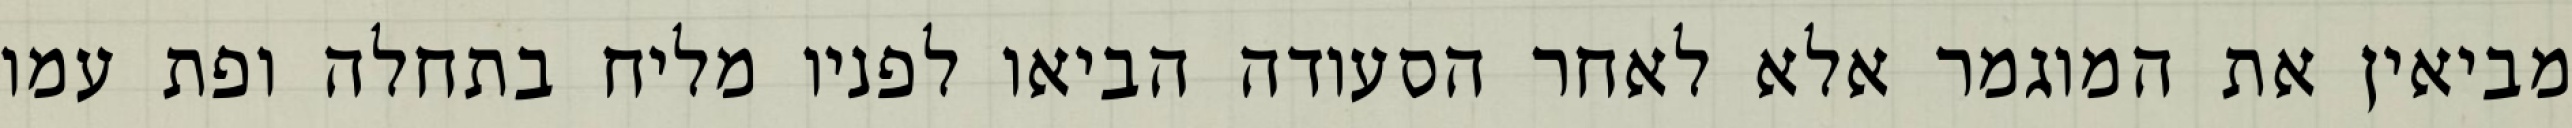
מביאין את המוגמר אלא לאחר הסעודה הביאו לפניו מליח בתחלה ופת עמו